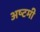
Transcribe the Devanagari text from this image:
अष्‍टमी